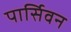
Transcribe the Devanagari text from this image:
पार्सिवन